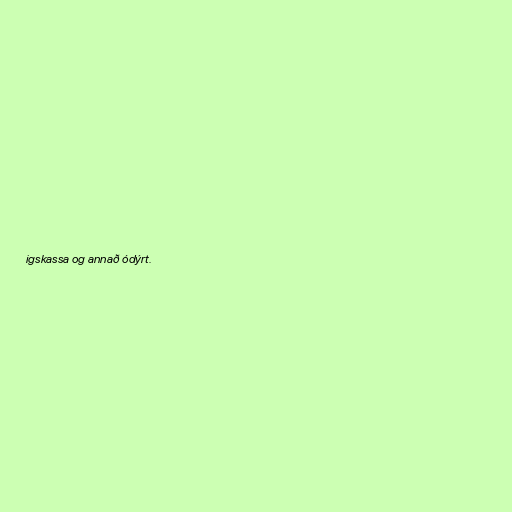
igskassa og annað ódýrt.